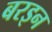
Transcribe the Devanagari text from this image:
बरइन